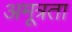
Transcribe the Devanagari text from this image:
अमूत्रता